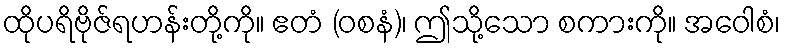
ထိုပရိဗိုဇ်ရဟန်းတို့ကို။ ဧတံ (ဝစနံ)၊ ဤသို့သော စကားကို။ အဝေါစံ၊